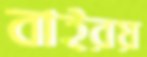
বাইরয়